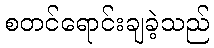
စတင်ရောင်းချခဲ့သည်